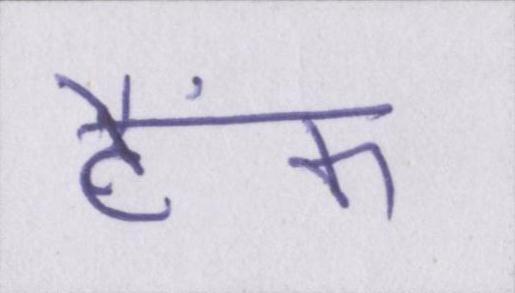
टैंक